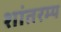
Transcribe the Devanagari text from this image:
शांतरम्य